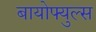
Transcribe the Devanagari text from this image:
बायोफ्युल्स